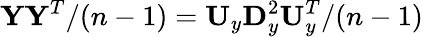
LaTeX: \mathbf Y\mathbf Y^{T}/(n-1)=\mathbf U_{y}\mathbf D_{y}^{2}\mathbf U_{y}^{T}/(n-1)